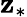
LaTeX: \mathbf{z}_{*}